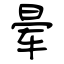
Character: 晕